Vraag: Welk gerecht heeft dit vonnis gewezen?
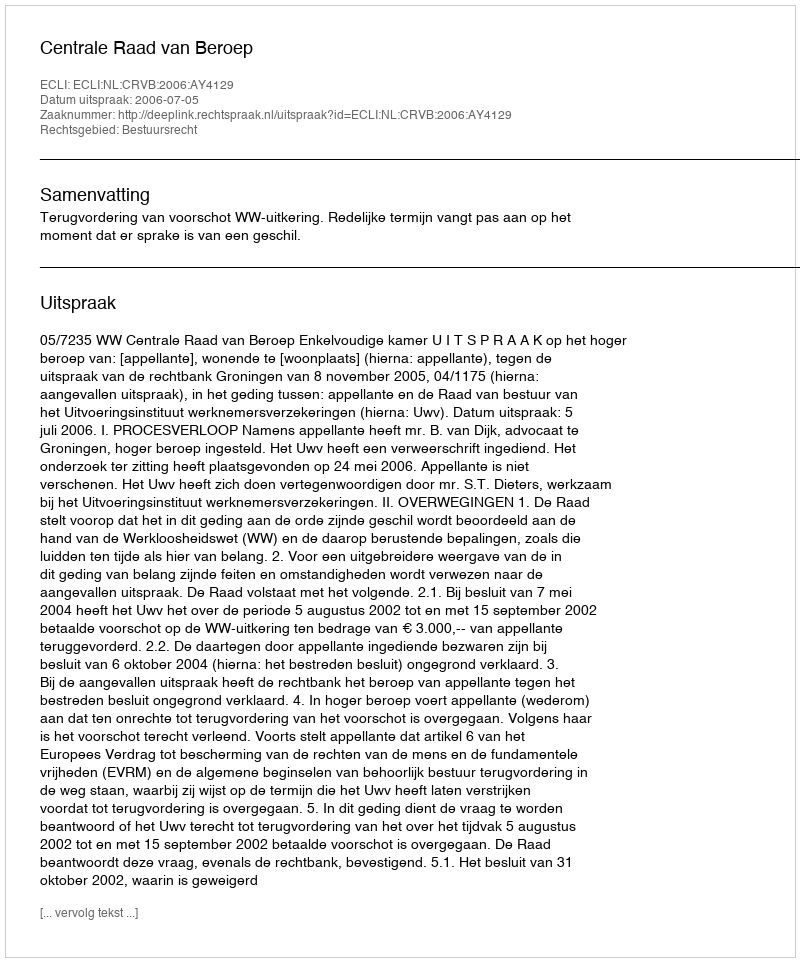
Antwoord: Centrale Raad van Beroep